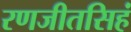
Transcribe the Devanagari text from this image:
रणजीतसिहं